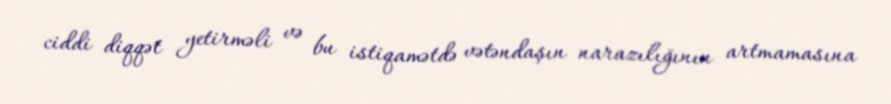
ciddi diqqət yetirməli və bu istiqamətdə vətəndaşın narazılığının artmamasına